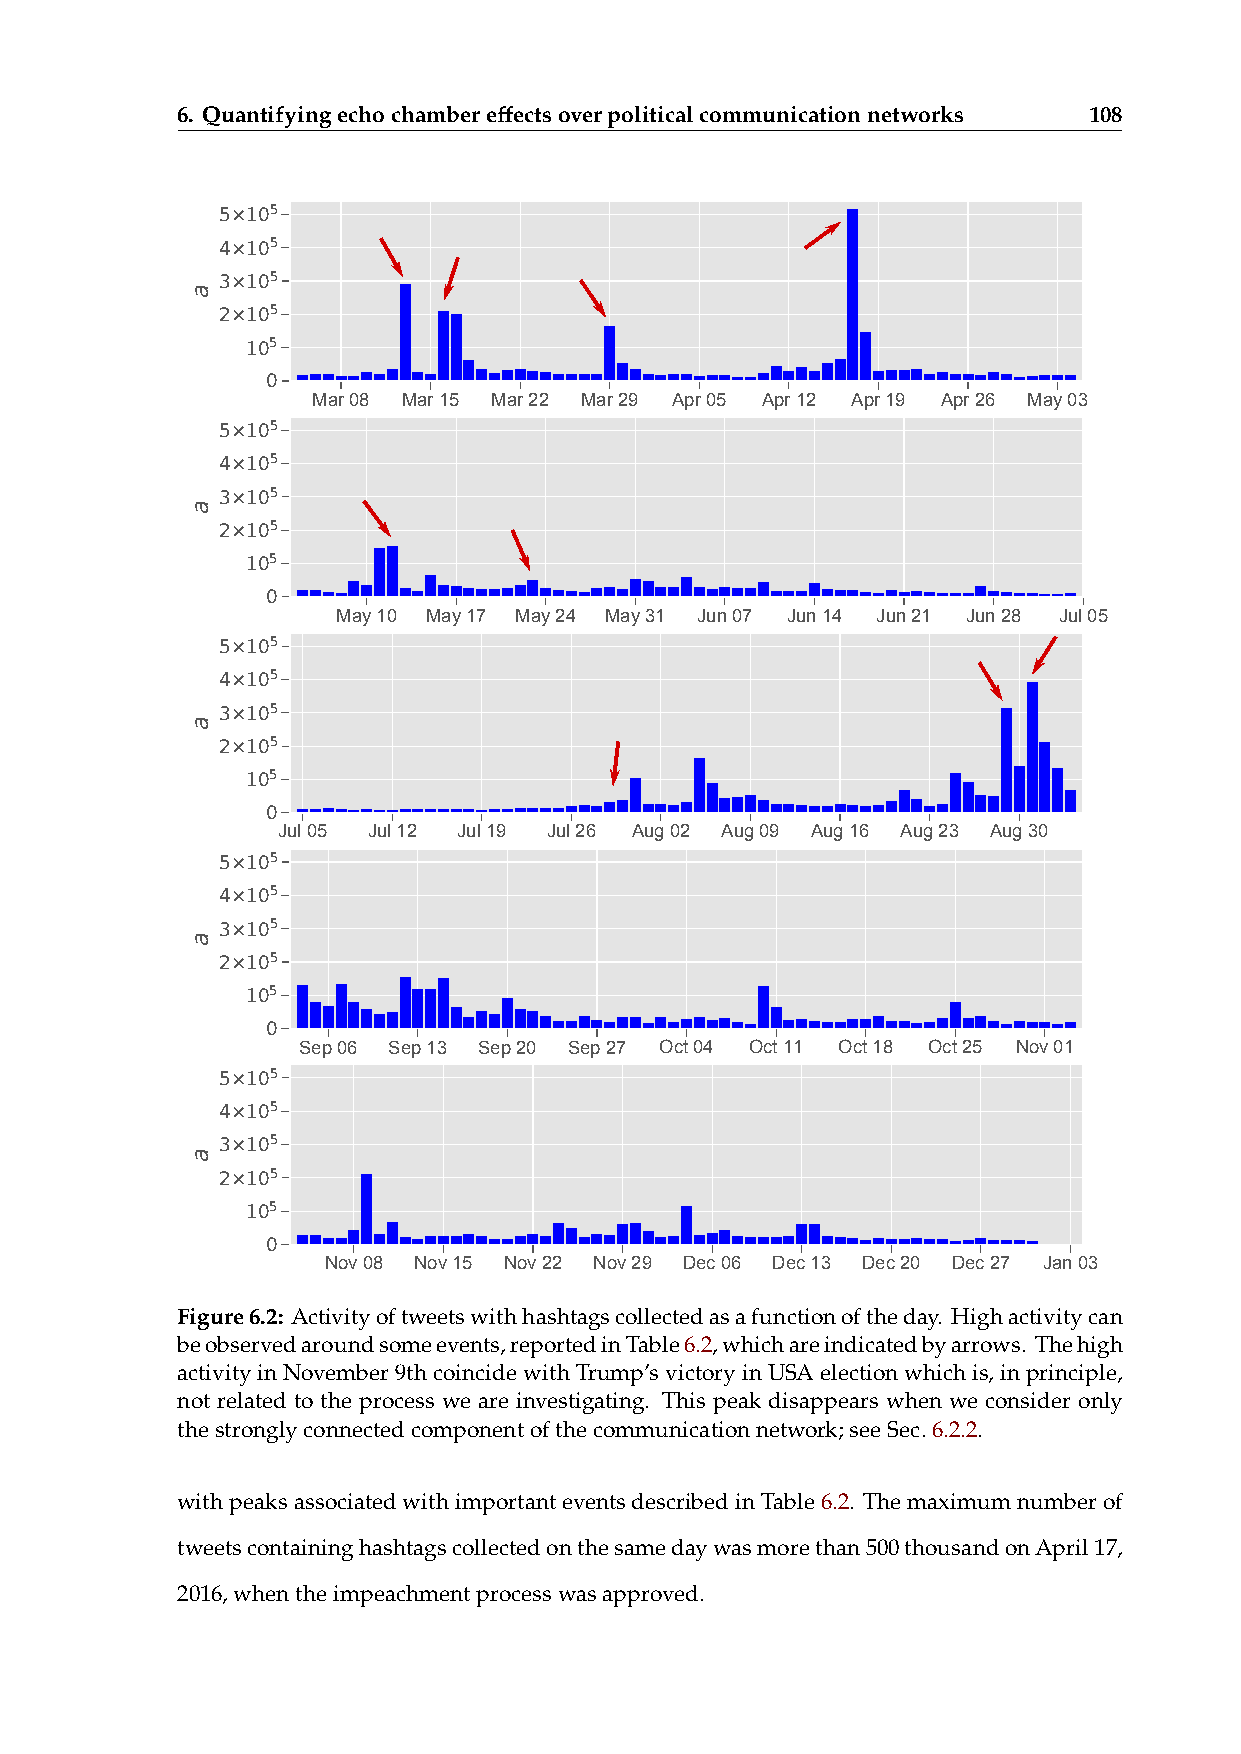
6. Quantifyingechochambereffectsoverpoliticalcommunicationnetworks 108
 5×105
 4×105
 3×105
 2×105
 105
 0
 Mar 08 Mar 15 Mar 22 Mar 29 Apr 05 Apr 12 Apr 19 Apr 26 May 03
 5×105
 4×105
 3×105
 2×105
 105
 0
 May 10 May 17 May 24 May 31 Jun 07 Jun 14 Jun 21 Jun 28 Jul 05
 5×105
 4×105
 3×105
 2×105
 105
 0
 Jul 05 Jul 12 Jul 19 Jul 26 Aug 02 Aug 09 Aug 16 Aug 23 Aug 30
 5×105
 4×105
 3×105
 2×105
 105
 0
 Sep 06 Sep 13 Sep 20 Sep 27 Oct 04 Oct 11 Oct 18 Oct 25 Nov 01
 5×105
 4×105
 3×105
 2×105
 105
 0
 Nov 08 Nov 15 Nov 22 Nov 29 Dec 06 Dec 13 Dec 20 Dec 27 Jan 03
 Figure6.2: Activityoftweetswithhashtagscollectedasafunctionoftheday. Highactivitycan
 beobservedaroundsomeevents,reportedinTable6.2,whichareindicatedbyarrows. Thehigh
 activityinNovember9thcoincidewithTrump’svictoryinUSAelectionwhichis,inprinciple,
 not related to the process we are investigating. This peak disappears when we consider only
 thestronglyconnectedcomponentofthecommunicationnetwork;seeSec.6.2.2.
 withpeaksassociatedwithimportanteventsdescribedinTable6.2. Themaximumnumberof
 tweetscontaininghashtagscollectedonthesamedaywasmorethan500thousandonApril17,
 2016,whentheimpeachmentprocesswasapproved.
 a
 a
 a
 a
 a